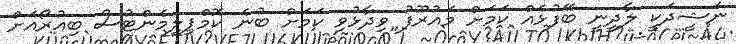
ނަޝީދަކީ ލާދީނީ ބޭފުޅެއް ކަމަށް މައުރޫފު ވިދާޅުވި ކަމަށް ބުނެ ކޮމްޕިލިމެންޓުސް ބިއުރޯއަށް